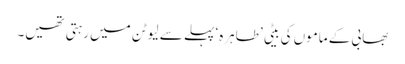
بھابی کے ماموں کی بیٹی ’طاہرہ‘ پہلے سے لیوٹن میں رہتی تھیں۔